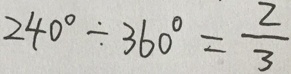
2 4 0 ^ { \circ } \div 3 6 0 ^ { \circ } = \frac { 2 } { 3 }